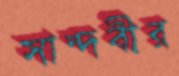
সান্দবীর